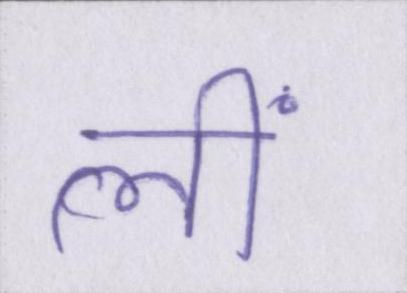
लीं